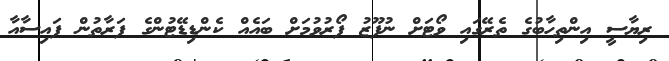
ރިޔާސީ އިންތިހާބުގެ ތެރޭގައި ވޯޓަށް ނުފޫޒު ފޯރުވުމަށް ބައެއް ކެންޑިޑޭޓުންގެ ފަރާތުން ފައިސާއާ